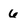
Character: 6